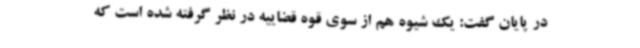
در پایان گفت: یک شیوه هم از سوی قوه قضاییه در نظر گرفته شده است که